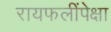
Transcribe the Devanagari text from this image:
रायफलींपेक्षा